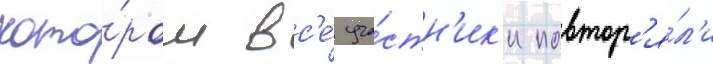
кото́ром вс'е́ уча́стн'ик'и повтор'я́л'и